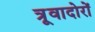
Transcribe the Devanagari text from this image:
त्रूवादोरों